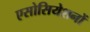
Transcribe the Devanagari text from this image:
एसोसियेशनों